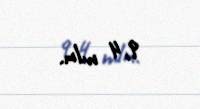
9,4 mln.